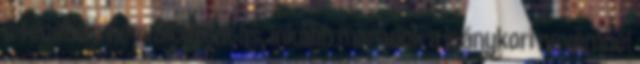
a fenébe a névváltoztatás, inkább maradok a leánykori nevemnél